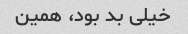
خیلی بد بود، همین